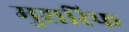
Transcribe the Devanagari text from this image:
मुशरिफ